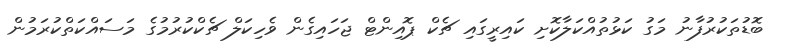
ބޮޑުތަކުރުފާނު މަގު ކަޅުތުއްކަލާކޮށި ކައިރީގައި ޗެކް ޕޮއިންޓް ޖަހައިގެން ވެހިކަލް ޗެކްކުރުމުގެ މަސައްކަތްކުރަމުން